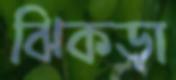
ঝিকড়া